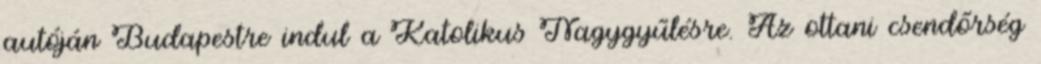
autóján Budapestre indul a Katolikus Nagygyűlésre. Az ottani csendőrség